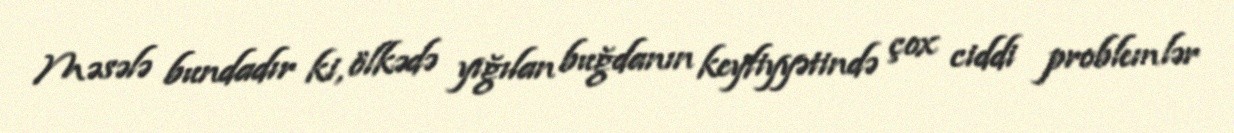
Məsələ bundadır ki, ölkədə yığılan buğdanın keyfiyyətində çox ciddi problemlər